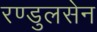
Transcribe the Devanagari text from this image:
रण्डुलसेन